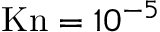
\mathrm { K n } = 1 0 ^ { - 5 }